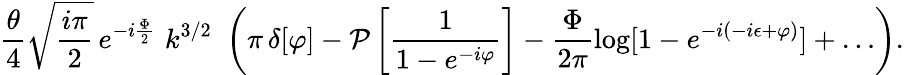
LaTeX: \frac{\theta}{4}\sqrt{\frac{i\pi}{2}}\, e^{-i\frac{\Phi}{2}}\, \, k^{3/2}\, \, \left(\pi\, \delta[\varphi]-{\cal P}\left[\frac{1}{1-e^{-i\varphi}}\right]-\frac{\Phi}{2\pi}\log[1-e^{-i(-i\epsilon+\varphi)}]+\dots\right).